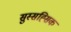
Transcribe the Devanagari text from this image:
सुस्सह्सिक